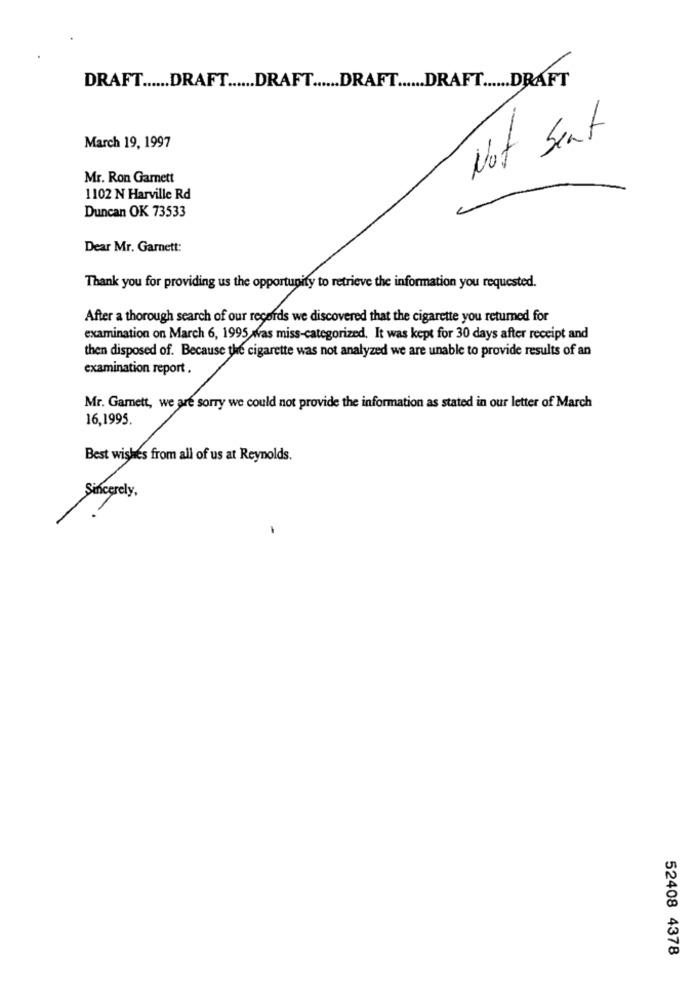
DRAFT ...... DRAFT ...... DRAFT ...... DRAFT ...... DRAFT ...... DRAFT
Not Sent
March 19, 1997
Mr. Ron Garnett
1102 N Harville Rd
Duncan OK 73533
Dear Mr. Garnett:
Thank you for providing us the opportunity to retrieve the information you requested.
After a thorough search of our records we discovered that the cigarette you returned for
examination on March 6, 1995 was miss-categorized. It was kept for 30 days after receipt and
then disposed of. Because the cigarette was not analyzed we are unable to provide results of an
examination report .
Mr. Gamett, we are sorry we could not provide the information as stated in our letter of March
16,1995
Best wishes from all of us at Reynolds.
Sincerely ,
52408 4378